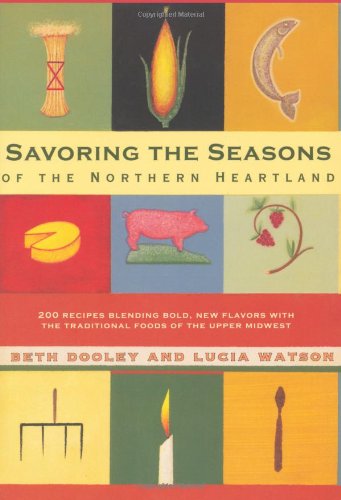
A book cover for Savoring the Seasons Of the Northern Heartland: 200 Recipes Blending Bold, New Flavors with the Traditional Foods of the Upper Midwest; Beth Dooley; Cookbooks, Food & Wine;